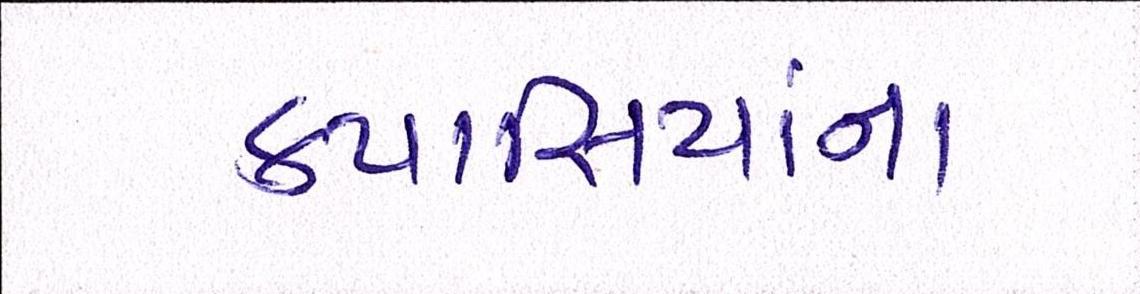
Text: કપાસિયાંના